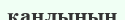
қаңлының